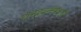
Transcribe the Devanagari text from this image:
शंखवलेश्वरी